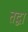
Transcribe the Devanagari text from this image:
तद्वा